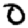
Digit: 0